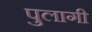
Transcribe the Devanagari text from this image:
पुलागी